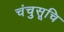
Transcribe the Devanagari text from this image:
चंचुसूचि